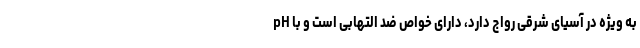
به ویژه در آسیای شرقی رواج دارد، دارای خواص ضد التهابی است و با pH